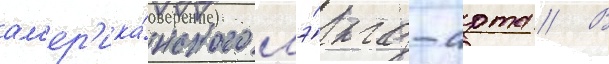
ам'ер'ика́нского лэ́нд-арта // В